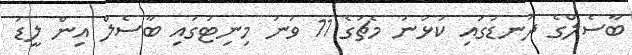
ބާސެލްގެ ދަނޑުގައި ކުޅުނު މެޗުގެ 11 ވަނަ މިނިޓުގައި ބާސެލް އިން ލީޑު